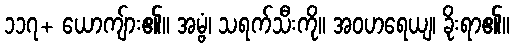
၁၁၇+ ယောကျ်ား၏။ အမ္ဗံ၊ သရက်သီးကို။ အဝဟရေယျ၊ ခိုးရာ၏။